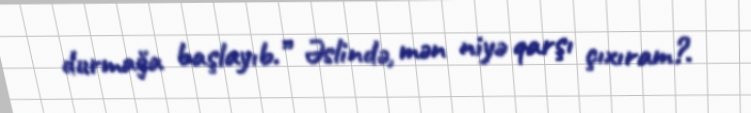
durmağa başlayıb.” Əslində, mən niyə qarşı çıxıram?.